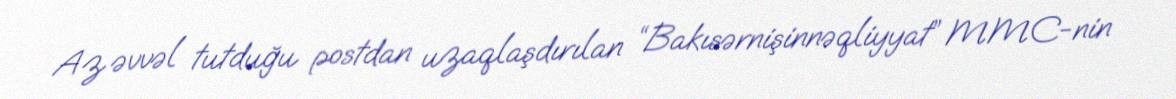
Az əvvəl tutduğu postdan uzaqlaşdırılan “Bakısərnişinnəqliyyat” MMC-nin